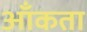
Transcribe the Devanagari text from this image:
आँकता